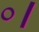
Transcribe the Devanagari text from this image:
०।